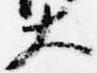
大